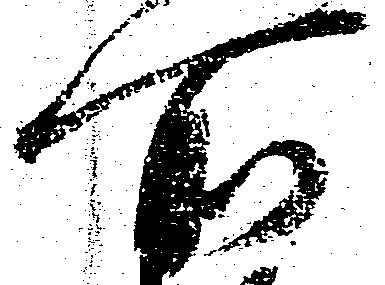
所